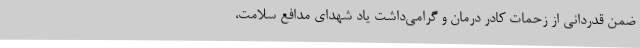
ضمن قدردانی از زحمات کادر درمان و گرامی‌داشت یاد شهدای مدافع سلامت،